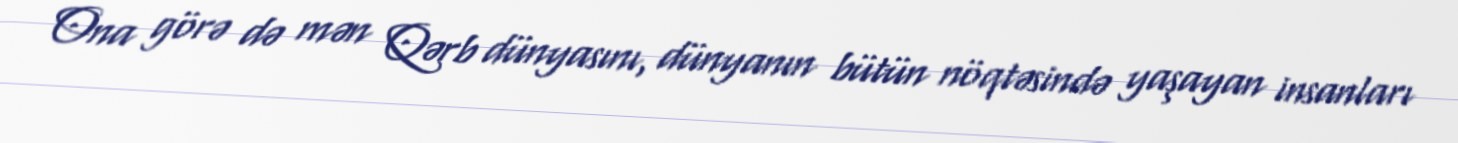
Ona görə də mən Qərb dünyasını, dünyanın bütün nöqtəsində yaşayan insanları